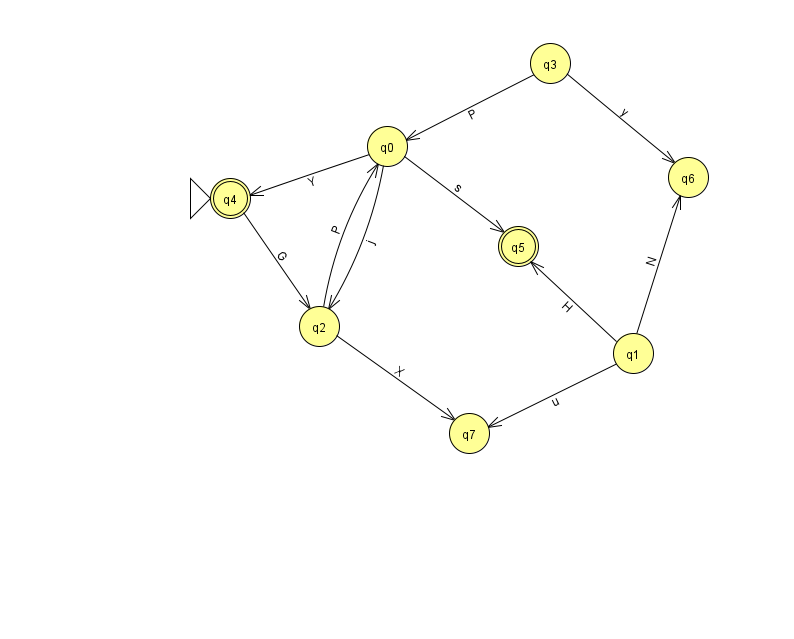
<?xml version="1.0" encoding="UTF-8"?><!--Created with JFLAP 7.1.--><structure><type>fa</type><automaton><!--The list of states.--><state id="0" name="q0"><x>387.0</x><y>133.0</y></state><state id="1" name="q1"><x>633.0</x><y>340.0</y></state><state id="2" name="q2"><x>319.0</x><y>313.0</y></state><state id="3" name="q3"><x>550.0</x><y>50.0</y></state><state id="4" name="q4"><x>230.0</x><y>185.0</y><initial/><final/></state><state id="5" name="q5"><x>518.0</x><y>233.0</y><final/></state><state id="6" name="q6"><x>688.0</x><y>164.0</y></state><state id="7" name="q7"><x>469.0</x><y>420.0</y></state><!--The list of transitions.--><transition><from>2</from><to>7</to><read>X</read></transition><transition><from>0</from><to>2</to><read>j</read></transition><transition><from>0</from><to>4</to><read>Y</read></transition><transition><from>4</from><to>2</to><read>G</read></transition><transition><from>2</from><to>0</to><read>P</read></transition><transition><from>3</from><to>6</to><read>y</read></transition><transition><from>3</from><to>0</to><read>P</read></transition><transition><from>1</from><to>5</to><read>H</read></transition><transition><from>1</from><to>6</to><read>N</read></transition><transition><from>1</from><to>7</to><read>u</read></transition><transition><from>0</from><to>5</to><read>s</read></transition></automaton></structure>